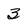
Character: 3